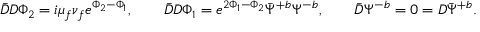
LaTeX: \bar { D } D \Phi _ { 2 } = i \mu _ { f } \nu _ { f } e ^ { \Phi _ { 2 } - \Phi _ { 1 } } , \qquad \bar { D } D \Phi _ { 1 } = e ^ { 2 \Phi _ { 1 } - \Phi _ { 2 } } \bar { \Psi } ^ { + b } \Psi ^ { - b } , \qquad \bar { D } \Psi ^ { - b } = 0 = D \bar { \Psi } ^ { + b } .